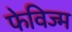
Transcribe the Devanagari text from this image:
फेविज्म